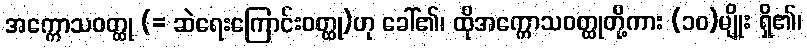
အက္ကောသဝတ္ထု (= ဆဲရေးကြောင်းဝတ္ထု)ဟု ခေါ်၏၊ ထိုအက္ကောသဝတ္ထုတို့ကား (၁၀)မျိုး ရှိ၏၊